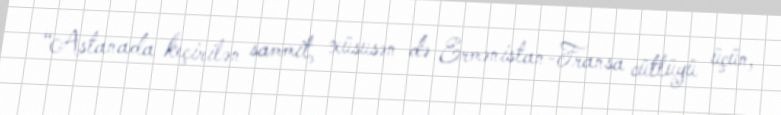
“Astanada keçirilən sammit, xüsusən də Ermənistan-Fransa cütlüyü üçün,